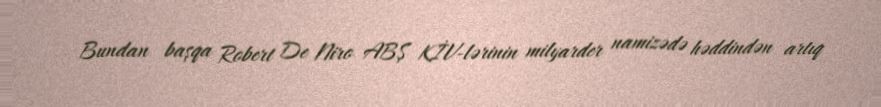
Bundan başqa Robert De Niro ABŞ KİV-lərinin milyarder namizədə həddindən artıq